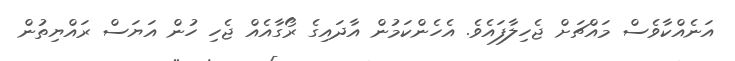
އަނެއްކާވެސް މައްޗަށް ޖެހިލާފައެވެ. އެހެންކަމުން އާދައިގެ ރޯގާއެއް ޖެހި ހުން އަޔަސް ރައްޔިތުން